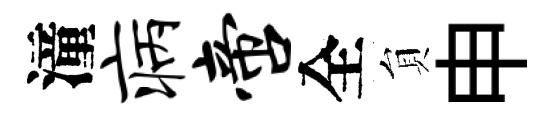
潼病啻全貟申